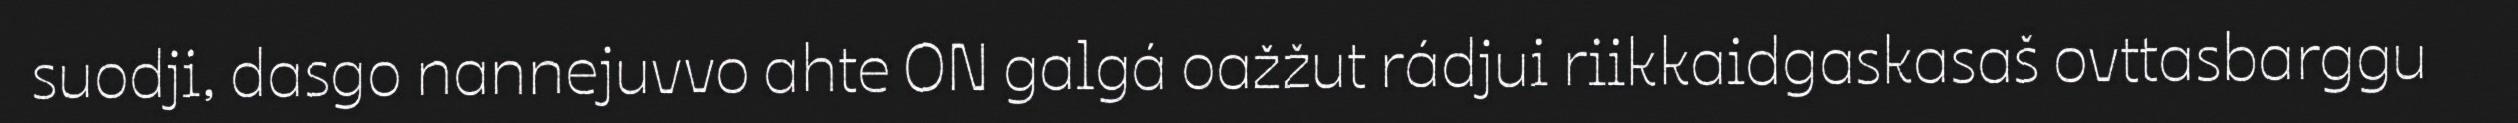
suodji, dasgo nannejuvvo ahte ON galgá oažžut rádjui riikkaidgaskasaš ovttasbarggu